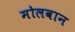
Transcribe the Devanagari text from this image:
मोलवान